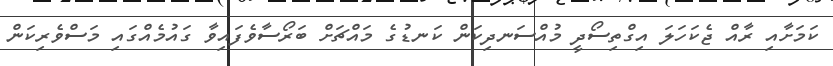
ކަމަށާއި ރާއް ޖެކަހަލަ އިގްތިސޯދީ މުއްސަނދިކަން ކަނޑުގެ މައްޗަށް ބަރޯސާވެފައިވާ ގައުމެއްގައި މަސްވެރިކަން